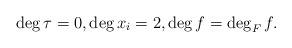
LaTeX: \begin{align*}\deg \tau = 0,\deg x_i = 2,\deg f = \deg_F f.\end{align*}